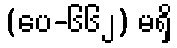
(ပေ-၆၆၂) မရှိ